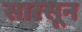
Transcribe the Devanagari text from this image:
सारसून